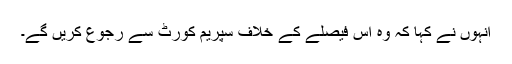
انہوں نے کہا کہ وہ اس فیصلے کے خلاف سپریم کورٹ سے رجوع کریں گے۔